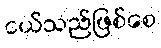
ငယ်သည်ဖြစ်စေ